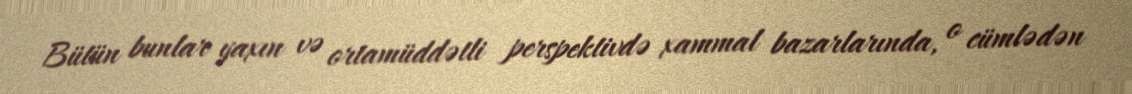
Bütün bunlar yaxın və ortamüddətli perspektivdə xammal bazarlarında, o cümlədən